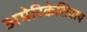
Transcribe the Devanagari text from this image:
अमेरिकेशिवाय